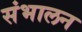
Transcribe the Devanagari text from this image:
संभालन